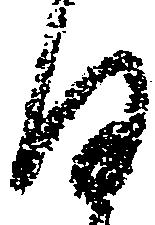
日